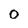
Character: 0